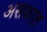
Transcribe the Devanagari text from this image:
असफाल